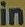
in